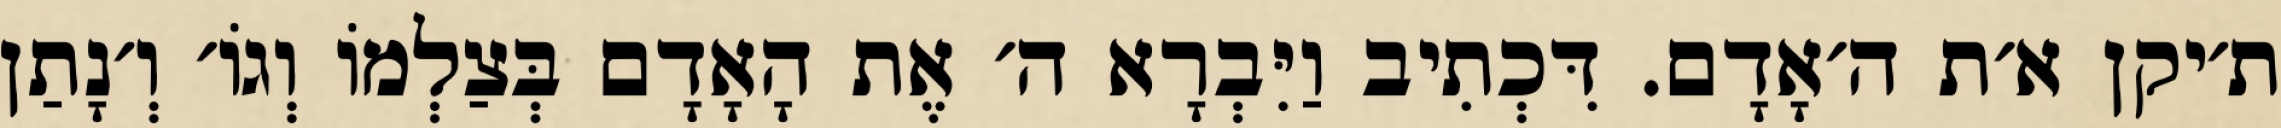
ת׳יקן א׳ת ה׳אָדָם. דִּכְתִיב וַיִּבְרָא ה׳ אֶת הָאָדָם בְּצַלְמוֹ וְגוֹ׳ וְ׳נָתַן